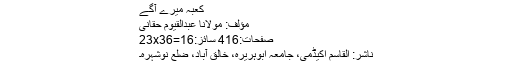
کعبہ میرے آگے
مؤلف: مولانا عبدالقیوم حقانی
صفحات:416 سائز:23x36=16
ناشر: القاسم اکیڈمی، جامعہ ابوہریرہ، خالق آباد، ضلع نوشہرہ۔